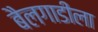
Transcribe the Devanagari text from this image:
बैलगाडीला